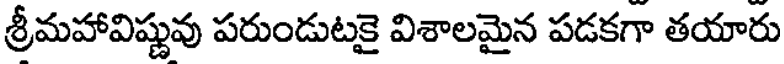
శ్రీమహావిష్ణువు పరుండుటకై విశాలమైన పడకగా తయారు